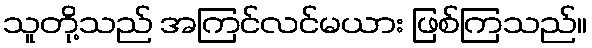
သူတို့သည် အကြင်လင်မယား ဖြစ်ကြသည်။